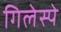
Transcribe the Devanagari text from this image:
गिलेस्पे